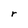
Character: r